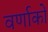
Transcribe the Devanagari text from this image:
वर्णाकों